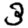
Digit: 3